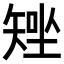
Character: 𥏧